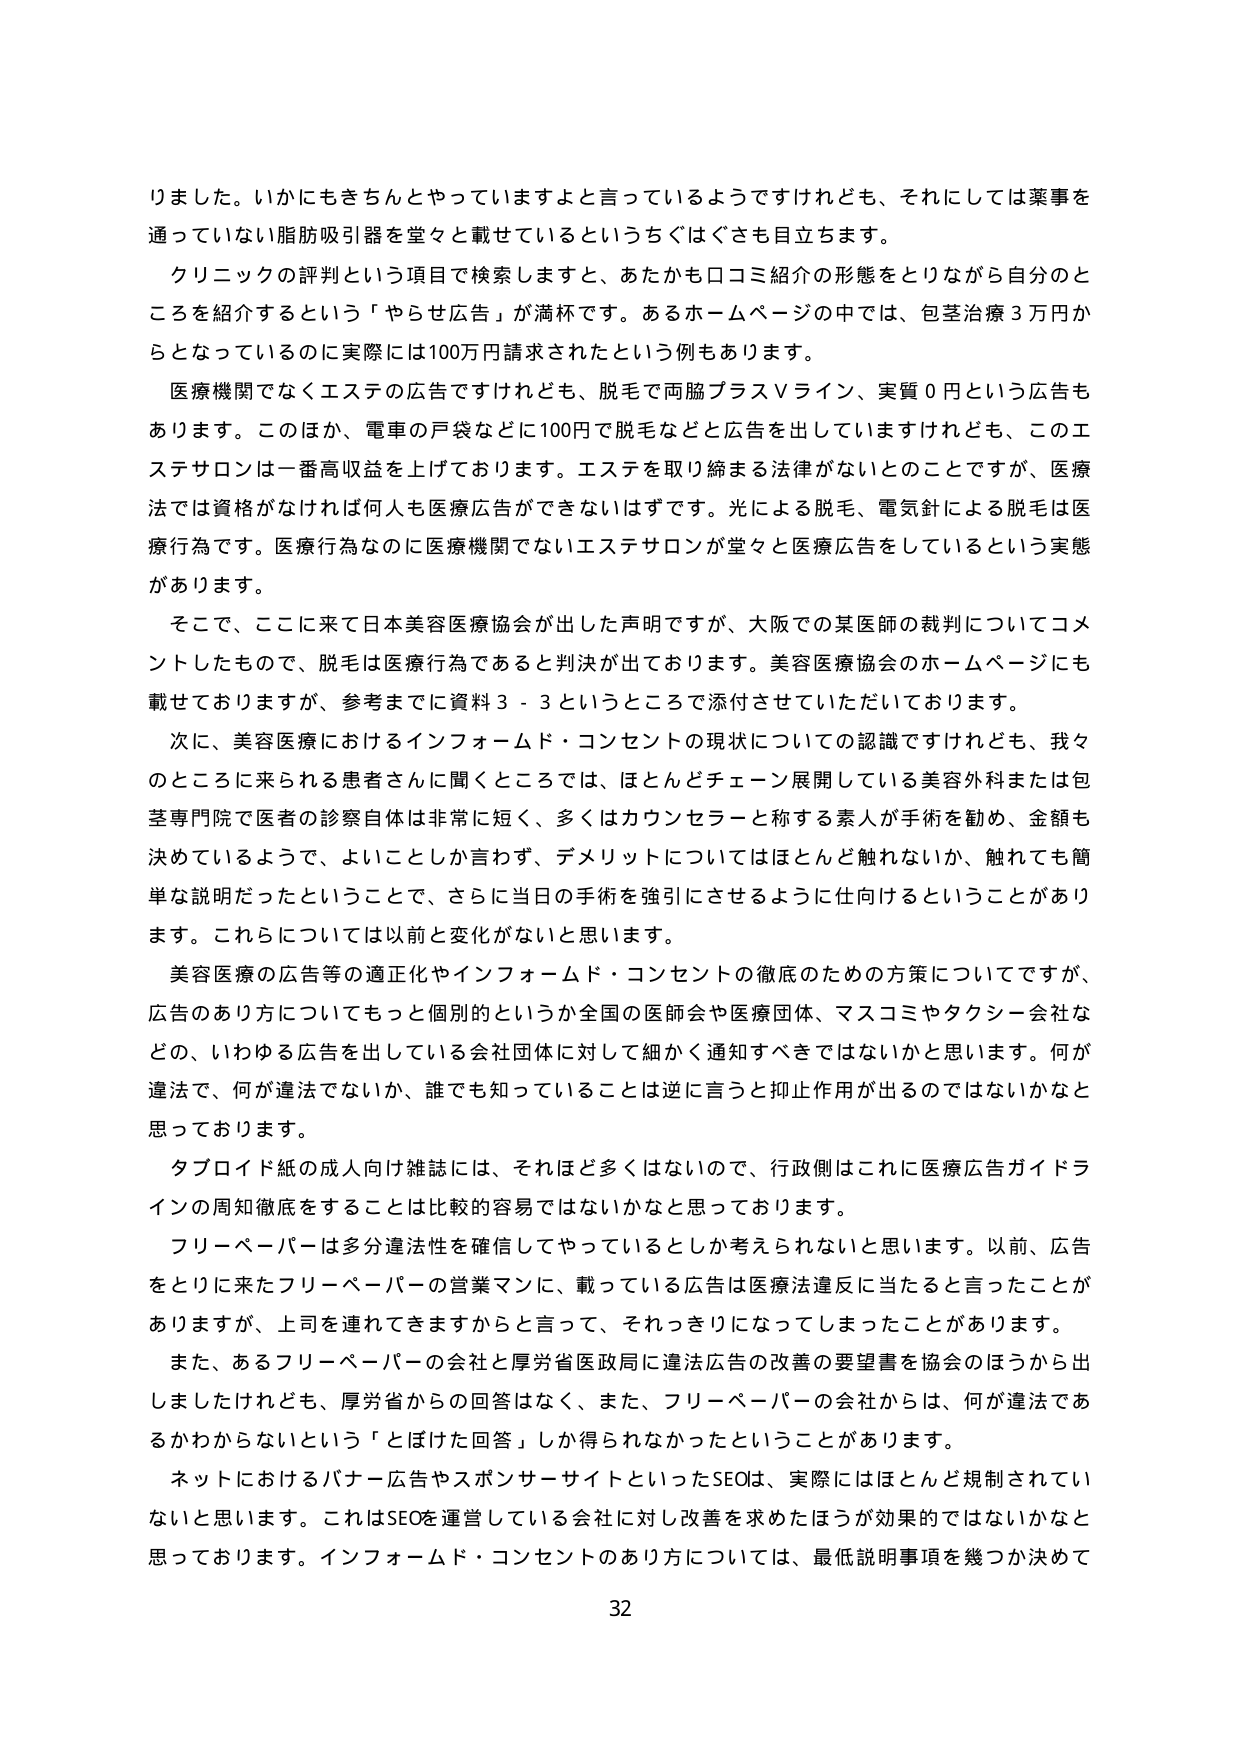
りました。いかにもきちんとやっていますよと言っているようですが、それにしては薬事を通っていない脂肪吸引器を堂々と載せているというちぐさも目立ちます。

クリニックの評判という項目で検索しますと、あたかも口コミ紹介の形態をとりながら自分のところを紹介するという「やらせ広告」が満杯です。あるホームページの中では、包茎治療３万円からとなっているのに実際には100万円請求されたという例もあります。

医療機関でなくエステの広告ですけれども、脱毛で両脇プラスVライン、実質０円という広告もあります。このほか、電車の戸袋などに100円で脱毛などと広告を出していますけれども、このエステサロンは一番高収益を上げております。エステを取り締まる法律がないとのことですが、医療法では資格がなければ何人も医療広告ができないはずです。光による脱毛、電気針による脱毛は医療行為です。医療行為なのに医療機関でないエステサロンが堂々と医療広告をしているという実態があります。

そこで、ここに来て日本美容医療協会が出した声明ですが、大阪での某医師の裁判についてコメントしたもので、脱毛は医療行為であると判決が出ております。美容医療協会のホームページにも載せておりますが、参考までに資料３－３というところで添付させていただいております。

次に、美容医療におけるインフォームド・コンセントの現状についての認識ですけれども、我々のところに来られる患者さんに聞くところでは、ほとんどチェーン展開している美容外科または包茎専門院で医者の診察自体は非常に短く、多くはカウンセラーと称する素人が手術を勧め、金額も決めているようで、よいことしか言わず、デメリットについてはほとんど触れないか、触れてても簡単な説明だったということで、さらに当日の手術を強引にさせるように仕向けるということがあります。これらについては以前と変化がないと思います。

美容医療の広告等の適正化やインフォームド・コンセントの徹底のための方策についてですが、広告のあり方についてもっと個別的というか全国の医師会や医療団体、マスコミやタクシー会社などの、いわゆる広告を出している会社団体に対して細かく通知すべきではないかと思います。何が違法で、何が違法でないか、誰でも知っていることは逆に言うと抑止作用が出るのではないかなと思っています。

タブロイド紙の成人向け雑誌には、それほど多くはないので、行政側はこれに医療広告ガイドラインの周知徹底をすることは比較的容易ではないかなと思っております。

フリーペーパーは多分違法性を確信してやっているとしか考えられないと思います。以前、広告をとりに来たフリーペーパーの営業マンに、載っている広告は医療法違反に当たると言ったことがありますが、上司を連れてきますからと言って、それっきりになってしまったことがあります。

また、あるフリーペーパーの会社と厚労省医政局に違法広告の改善の要望書を協会のほうから出しましたけれども、厚労省からの回答はなく、また、フリーペーパーの会社からは、何が違法であるかわからないという「とぼけた回答」しか得られなかったということがあります。

ネットにおけるバナー広告やスポンサーサイトといったSEOは、実際にはほとんど規制されていないと思います。これはSEOを運営している会社に対し改善を求めたほうが効果的ではないかなと思っております。インフォームド・コンセントのあり方については、最低説明事項を幾つか決めて

32